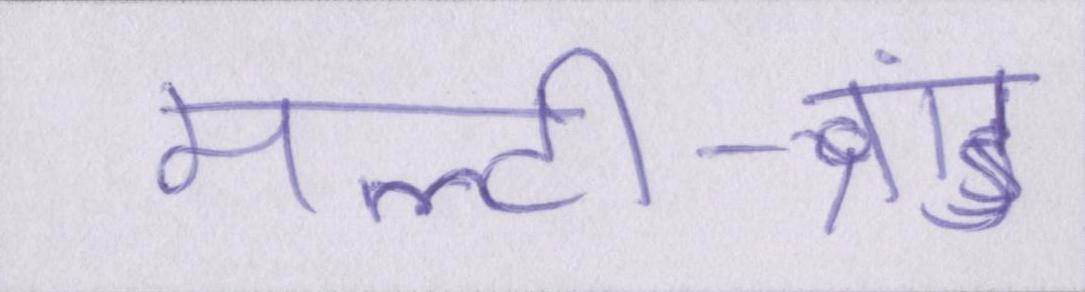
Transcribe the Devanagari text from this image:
मल्टी-ब्रांड